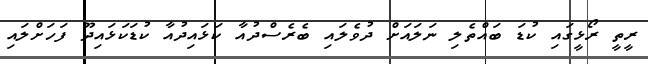
ރީތީ ރޯޅީގައި ކުޑަ ބައްތެލި ނަލައަށް ދުވެލައި ބެރެސްދުއާ ކަޅައިދުއާ ކުޑަކަޅައިދޫ ފަހަށްލައި